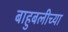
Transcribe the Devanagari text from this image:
बाहुबलीच्या